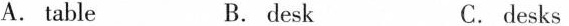
A. table B.desk C. desks